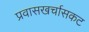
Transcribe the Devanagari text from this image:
प्रवासखर्चासकट